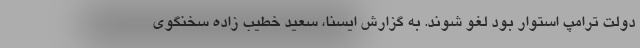
دولت ترامپ استوار بود لغو شوند. به گزارش ایسنا، سعید خطیب زاده سخنگوی